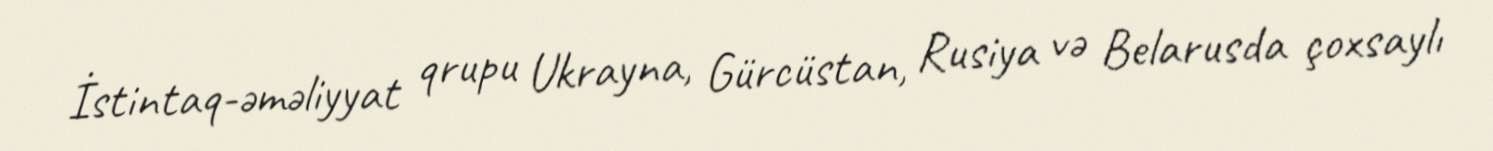
İstintaq-əməliyyat qrupu Ukrayna, Gürcüstan, Rusiya və Belarusda çoxsaylı